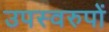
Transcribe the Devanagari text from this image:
उपस्वरुपों